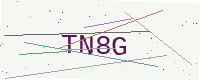
Text: TN8G